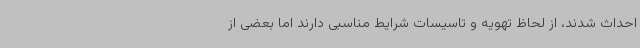
احداث شدند، از لحاظ تهویه و تاسیسات شرایط مناسبی دارند اما بعضی از